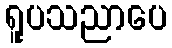
ရူပသညာပေ